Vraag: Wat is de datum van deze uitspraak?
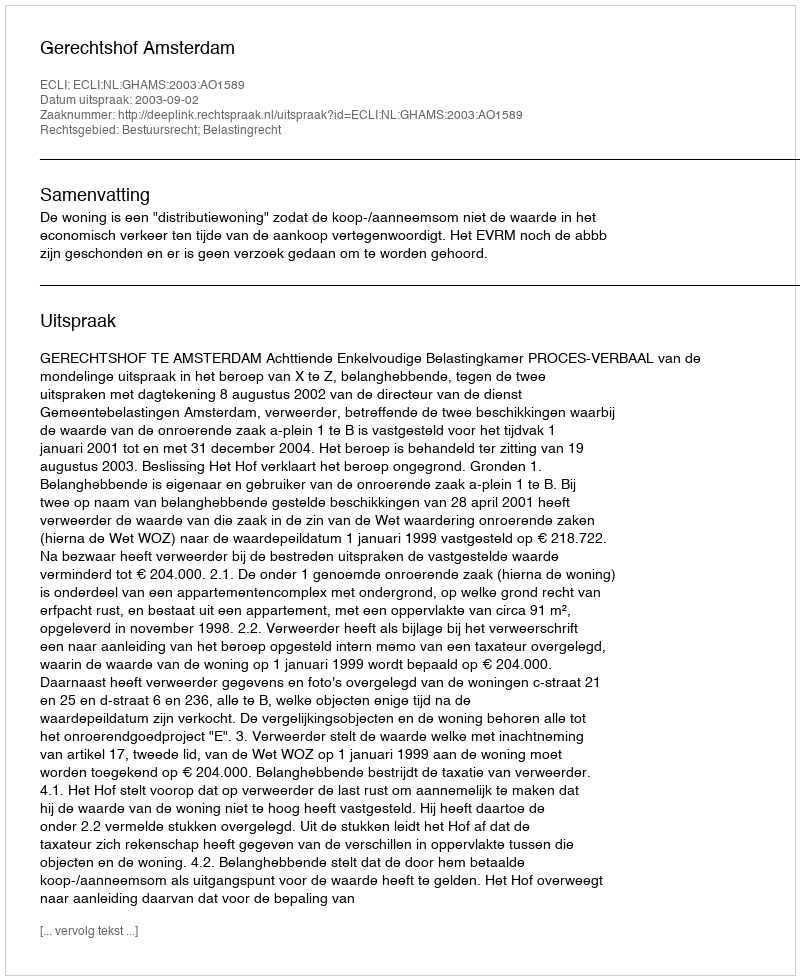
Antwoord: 2003-09-02